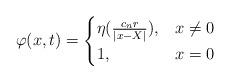
LaTeX: \begin{align*}\varphi(x,t)=\begin{cases}\eta(\frac{c_{n}r}{|x-X|}),&x\neq 0\\ 1,&x=0 \end{cases}\end{align*}